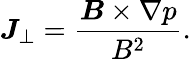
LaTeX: \boldsymbol{J}_{\perp}=\frac{\boldsymbol{B}\times\nabla p}{B^{2}}.